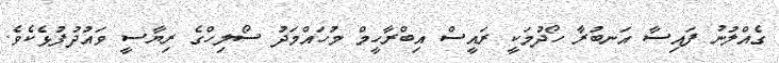
ގެއްލުނު ފައިސާ އަނބުރާ ހޯދުމަކީ ރައީސް އިބްރާހީމް މުހައްމަދު ސޯލިހްގެ ރިޔާސީ ވައުދުފުޅެކެވެ.